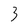
Character: 3